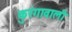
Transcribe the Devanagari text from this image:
कुरंगावाली